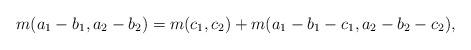
LaTeX: \begin{align*} m(a_1-b_1, a_2-b_2)=m(c_1, c_2) + m(a_1-b_1-c_1, a_2-b_2-c_2),\end{align*}